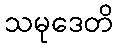
သမုဒေတိ